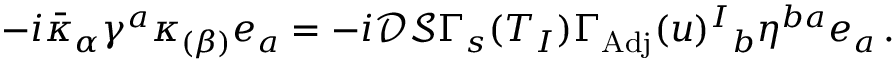
- i \bar { \kappa } _ { \alpha } \gamma ^ { a } \kappa _ { ( \beta ) } e _ { a } = - i \mathcal { D } \mathcal { S } \Gamma _ { s } ( T _ { I } ) \Gamma _ { \mathrm { A d j } } ( u ) ^ { I } { } _ { b } \eta ^ { b a } e _ { a } \, .